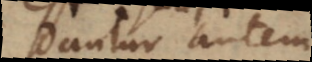
Dantur autem